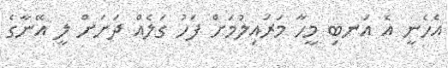
އެހެނީ އެ އަނބި މީހާ މަރައިލުމަށް ފަހު ގަލެއް ދަށަށް ލީ އޭނާގެ